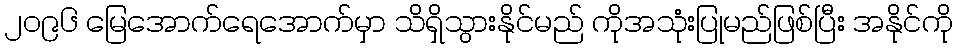
၂၀၉၆ မြေအောက်ရေအောက်မှာ သိရှိသွားနိုင်မည် ကိုအသုံးပြုမည်ဖြစ်ပြီး အနိုင်ကို